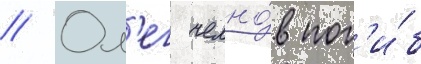
// Ол'ег челно́в пог'и́б